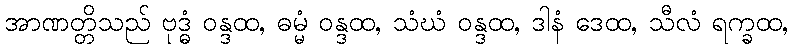
အာဏတ္တိသည် ဗုဒ္ဓံ ဝန္ဒထ, ဓမ္မံ ဝန္ဒထ, သံဃံ ဝန္ဒထ, ဒါနံ ဒေထ, သီလံ ရက္ခထ,